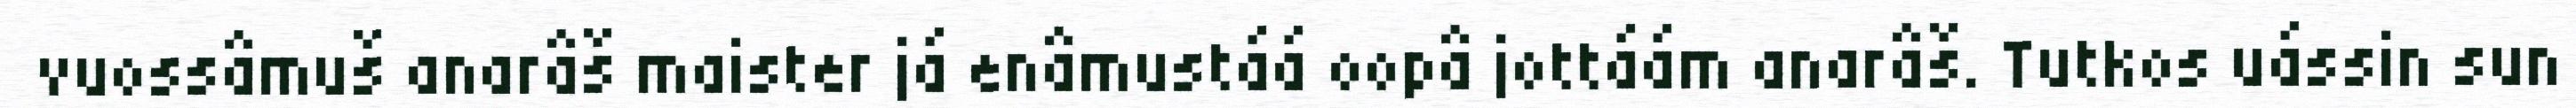
vuossâmuš anarâš maister já enâmustáá oopâ jottáám anarâš. Tutkos uássin sun